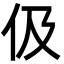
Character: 伋